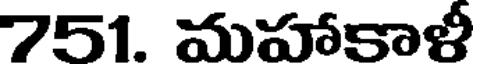
751. మహాకాళీ